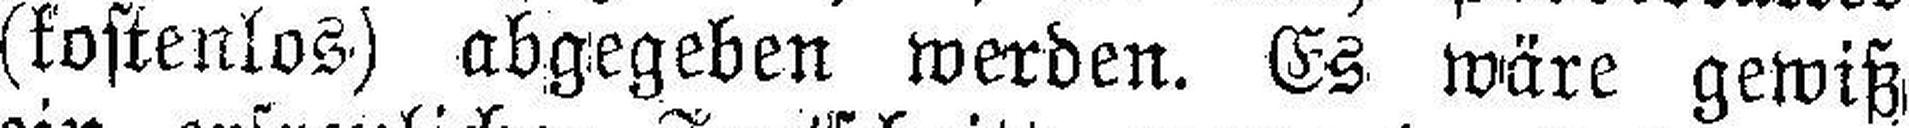
(kostenlos) abgegeben werden. Es wäre gewiß